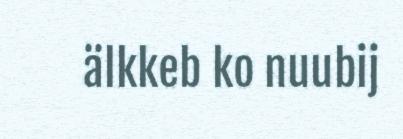
älkkeb ko nuubij